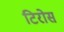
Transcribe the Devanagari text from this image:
टिरोस